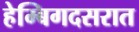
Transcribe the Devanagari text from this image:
हेम्बिगदसरात